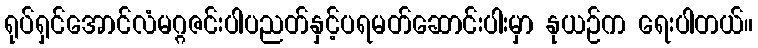
ရုပ်ရှင်အောင်လံမဂ္ဂဇင်းပါပညတ်နှင့်ပရမတ်ဆောင်းပါးမှာ နုယဉ်က ရေးပါတယ်။